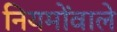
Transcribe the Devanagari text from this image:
नियमोंवाले